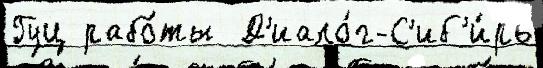
Гуц рабо́ты  Д'иало́г-С'иб'и́рь